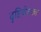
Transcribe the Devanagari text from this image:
दृष्टिचेतकां